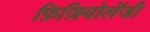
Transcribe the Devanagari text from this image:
फ़िज़ियोलॅजी